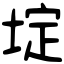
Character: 埞